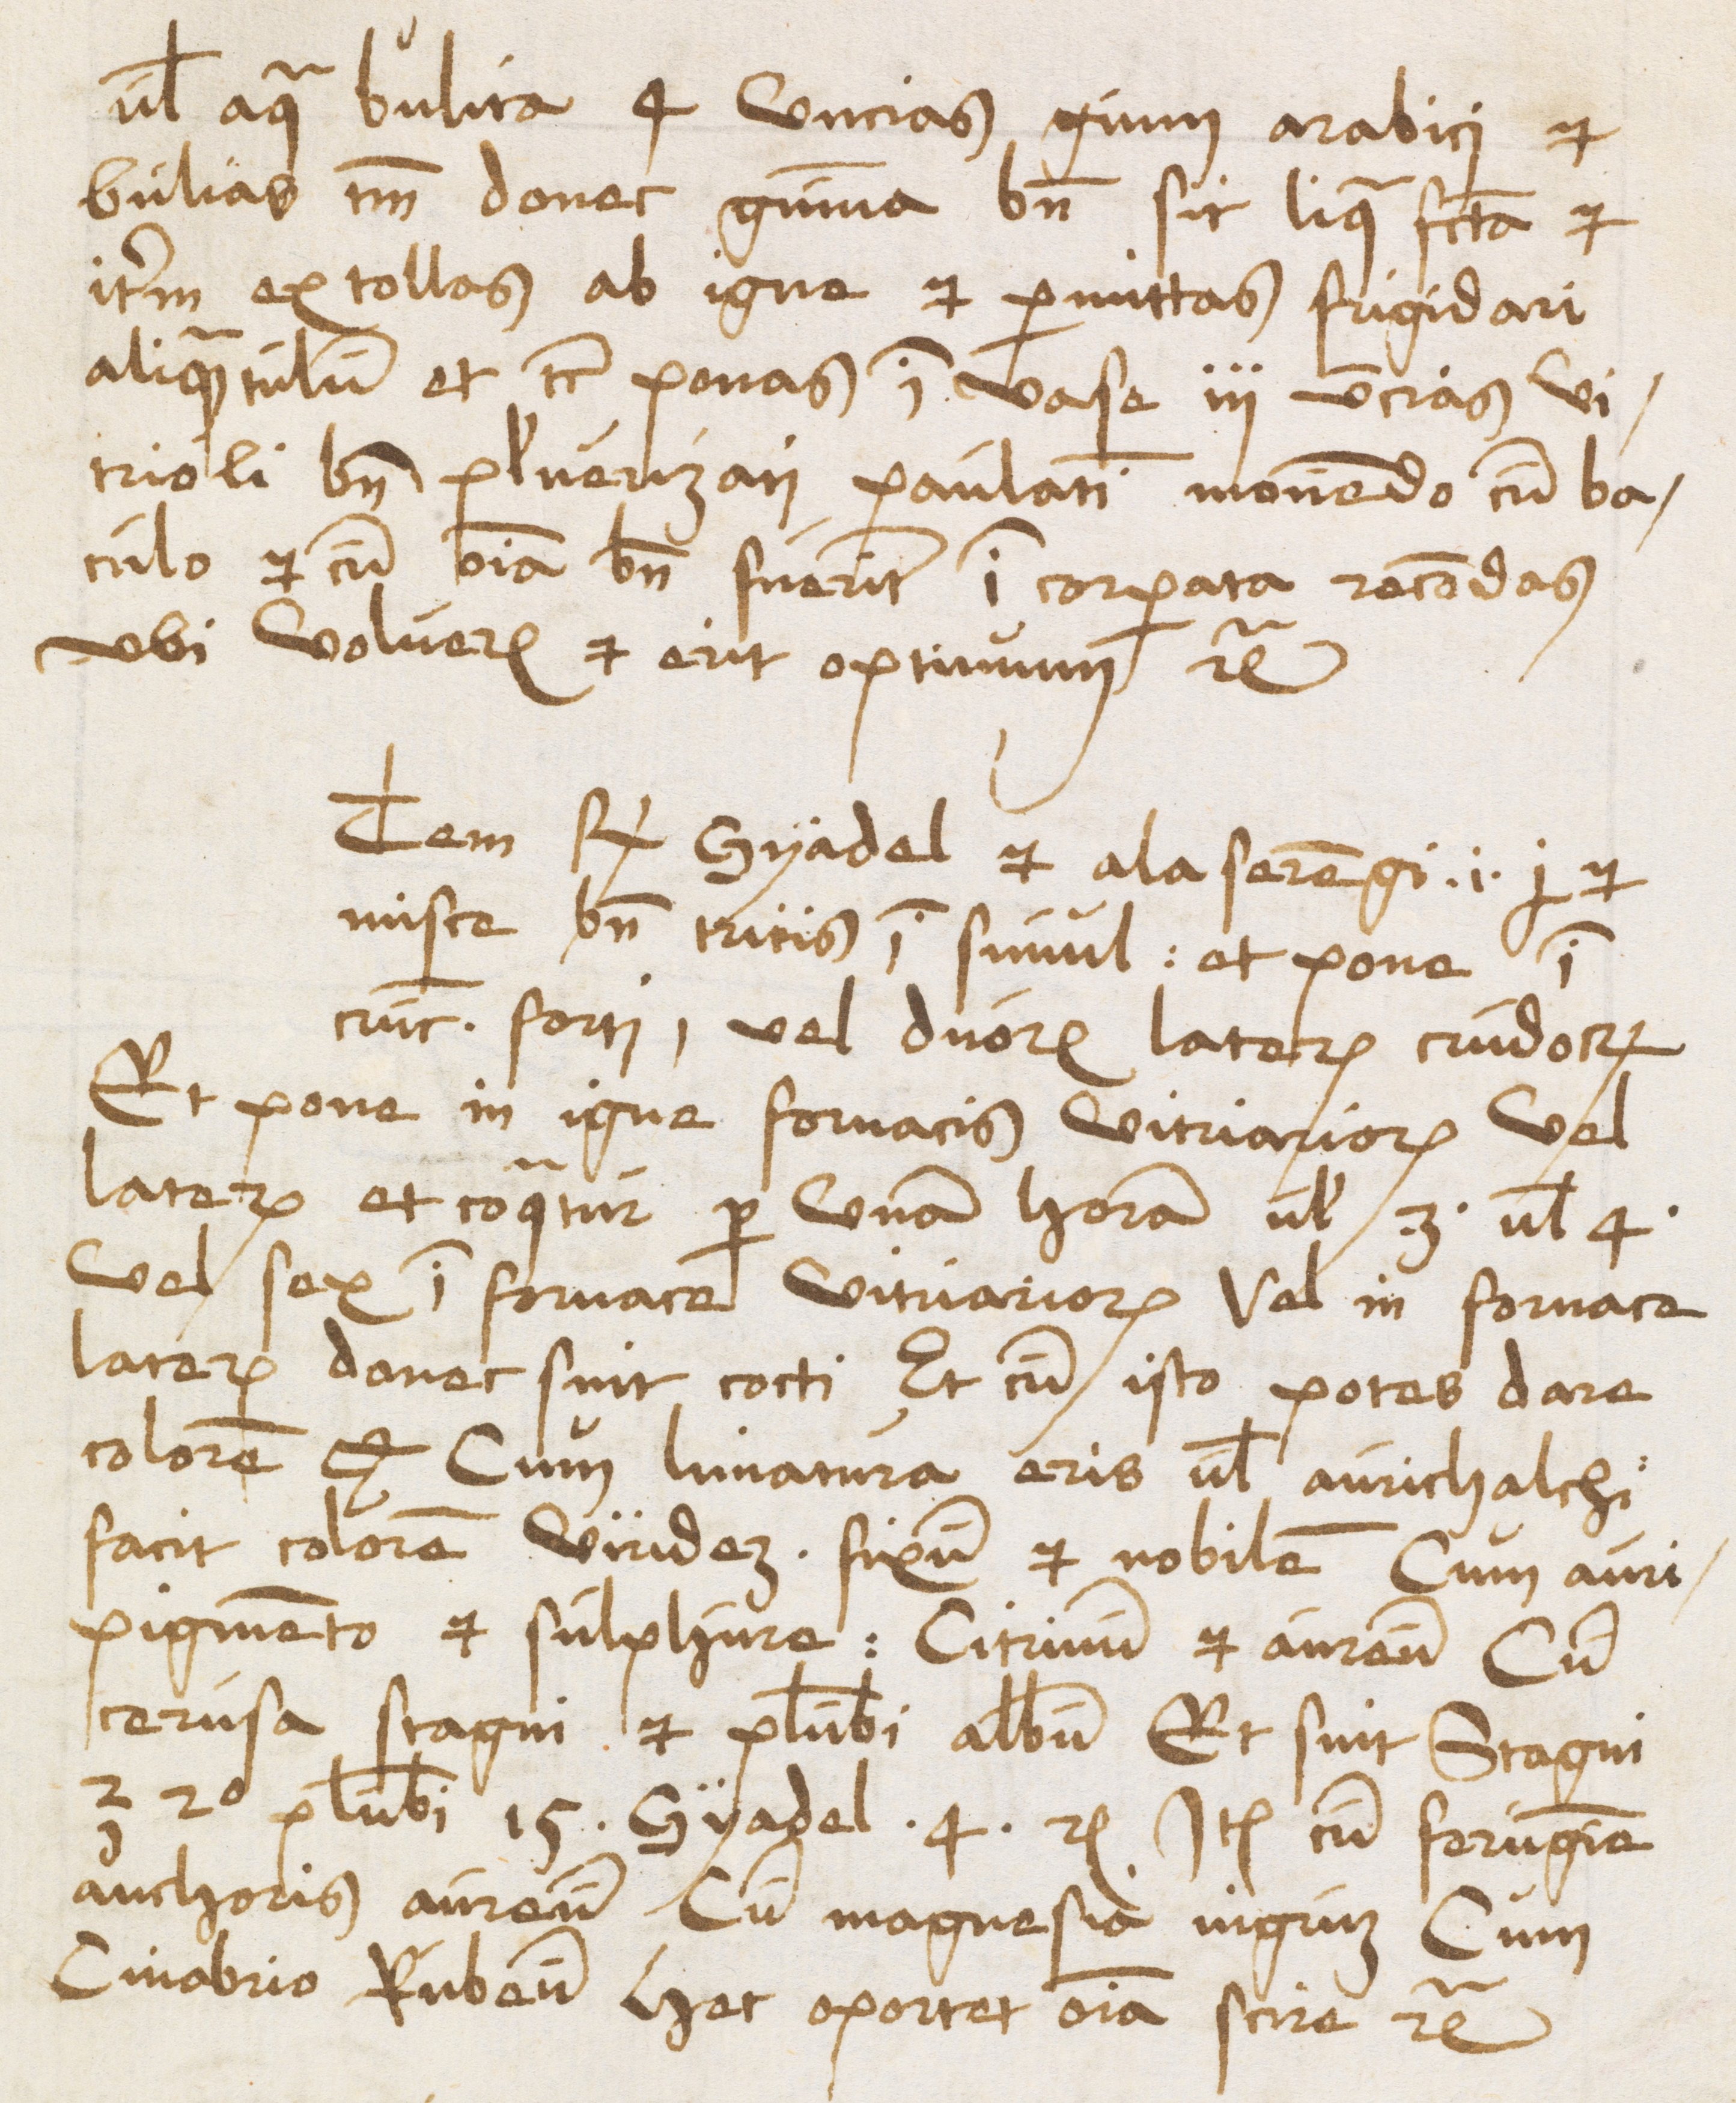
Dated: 1485–1515